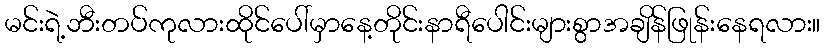
မင်းရဲ့ဘီးတပ်ကုလားထိုင်ပေါ်မှာနေ့တိုင်းနာရီပေါင်းများစွာအချိန်ဖြုန်းနေရလား။